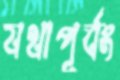
যথাপূর্বং